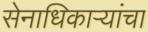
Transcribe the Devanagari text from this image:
सेनाधिकाऱ्यांचा